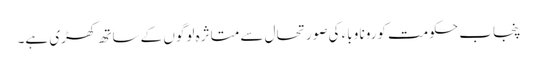
پنجاب حکومت کورونا وباء کی صورتحال سے متاثرہ لوگوں کے ساتھ کھڑی ہے۔